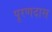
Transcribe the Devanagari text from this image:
पूरणदास